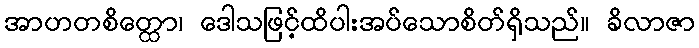
အာဟတစိတ္ထော၊ ဒေါသဖြင့်ထိပါးအပ်သောစိတ်ရှိသည်။ ခိလာဇာ